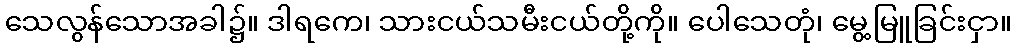
သေလွန်သောအခါ၌။ ဒါရကေ၊ သားငယ်သမီးငယ်တို့ကို။ ပေါသေတုံ၊ မွေ့မြူခြင်းငှာ။